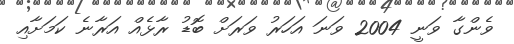
ވެންގާ ވަނީ 2004 ވަނަ އަހަރު ވަރަށް ބޮޑު ރާޅެއް އަރާނެ ކަމަށާއި